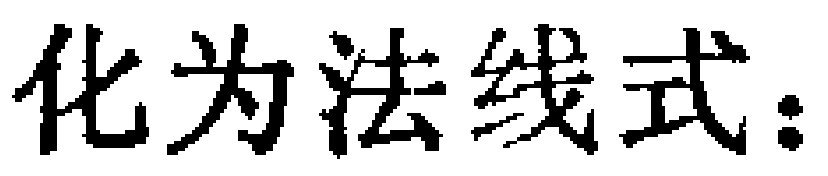
化为法线式：